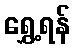
ရွှေ့ရန်